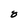
Character: 8